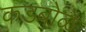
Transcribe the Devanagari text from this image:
कडबोळे